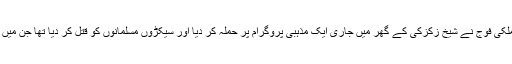
پھر اس کے اگلے سال ہی ایک بار پھر ملکی فوج نے شیخ زکزکی کے گھر میں جاری ایک مذہبی پروگرام پر حملہ کر دیا اور سیکڑوں مسلمانوں کو قتل کر دیا تھا جن میں شیخ کے مزید تین بیٹے بھی شامل تھے۔